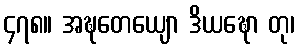
၄၇၈။ အဍ္ဎတေယျော ဒိယဍ္ဎော တု၊